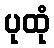
ပုထုံ